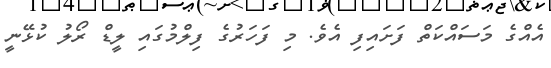
އެއްގެ މަސައްކަތް ފަށައިފި އެވެ. މި ފަހަރުގެ ފިލްމުގައި ލީޑް ރޯލު ކުޅޭނީ